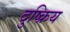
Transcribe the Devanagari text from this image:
दुष्क्रिय